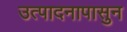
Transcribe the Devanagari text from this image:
उत्पादनापासुन